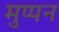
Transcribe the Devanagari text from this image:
मुप्पन